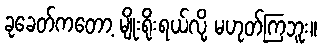
ခုခေတ်ကတော့ မျိုးရိုးရယ်လို့ မဟုတ်ကြဘူး။